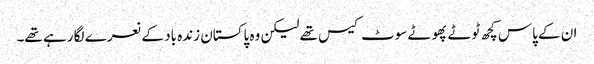
ان کے پاس کچھ ٹوٹے پھوٹے سوٹ کیس تھے لیکن وہ پاکستان زندہ باد کے نعرے لگا رہے تھے۔